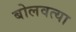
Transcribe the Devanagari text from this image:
बोलवत्या